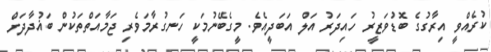
ކުރެއްވީ އިރާގުގެ ބޮޑުވަޒީރު ހައިދަރު އަލް އަބަދީއެވެ. މީގެބޭނުމަކީ ހަނގުރާމަވެރި ޖަމާއަތްތަކުން ބަޣުދާދަށް